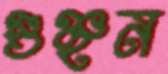
গুঞ্ছন